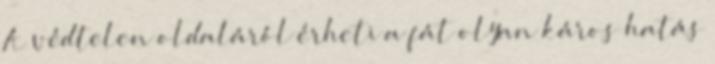
A védtelen oldaláról érheti a fát olyan káros hatás